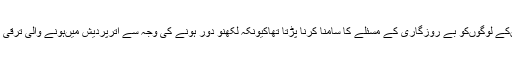
ریاست بننے سے پہلے یہاںکے لوگوںکو بے روزگاری کے مسئلے کا سامنا کرنا پڑتا تھاکیونکہ لکھنؤ دور ہونے کی وجہ سے اترپردیش میںہونے والی ترقی کا فائدہ انھیںنہیںمل پاتا تھا۔